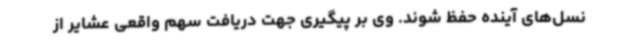
نسل‌های آینده حفظ شوند. وی بر پیگیری جهت دریافت سهم واقعی عشایر از